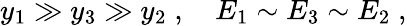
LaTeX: y_{1}\gg y_{3}\gg y_{2}\; ,\quad E_{1}\sim E_{3}\sim E_{2}\; ,